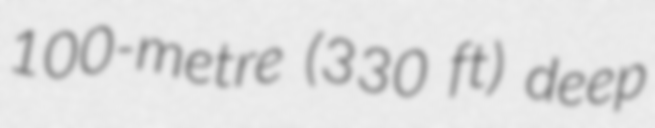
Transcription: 100-metre (330 ft) deep